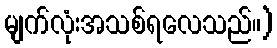
မျက်လုံးအသစ်ရလေသည်။)